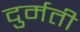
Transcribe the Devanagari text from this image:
दुर्मती